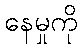
နေမှုကို